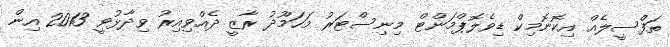
ތަފްސީލެއް އިކޮނޮމިކް ޑިވެލޮޕްމަންޓް މިނިސްޓަރު މަހަމޫދު ރާޒީ ދެއްވިއިރު ވިދާޅުވީ 2013 އިން